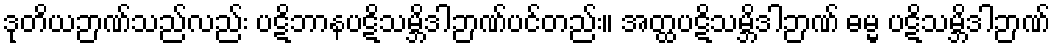
ဒုတိယဉာဏ်သည်လည်း ပဋိဘာနပဋိသမ္ဘိဒါဉာဏ်ပင်တည်း။ အတ္ထပဋိသမ္ဘိဒါဉာဏ် ဓမ္မ ပဋိသမ္ဘိဒါဉာဏ်